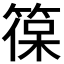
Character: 𮅡